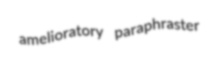
amelioratory paraphraster